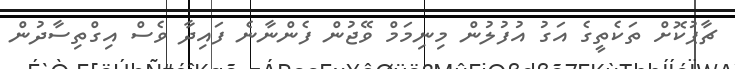
ޗާޕުކޮށް ތަކެތީގެ އަގު އުފުލުން މިނިމަމް ވޭޖުން ފެންނާނެ ފައިދާ ވެސް އިގްތިސާދުން